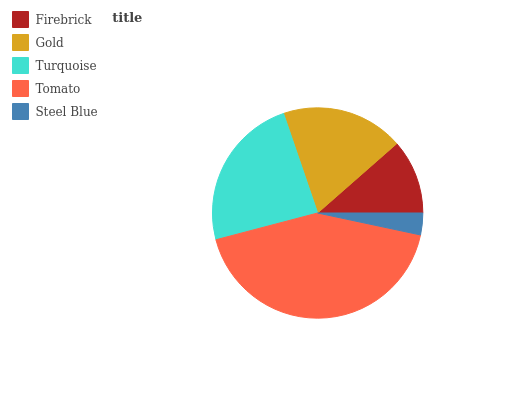
| Firebrick | Gold | Turquoise | Tomato | Steel Blue |
 | --- | --- | --- | --- | --- |
 | 11.5% | 18.8% | 23.9% | 42.5% | 3.34% |